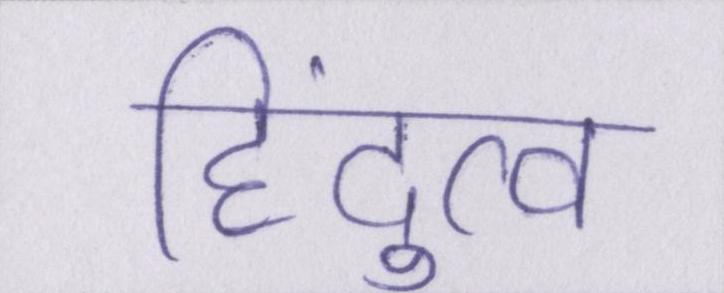
हिंदुत्व